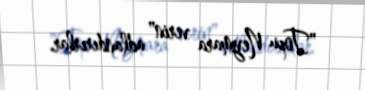
"Topu Neymara verin" adlandırırlar.